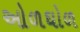
ઓળઘોળ